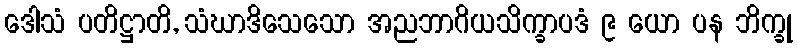
ဒေါသံ ပတိဋ္ဌာတိ, သံဃာဒိသေသော အညဘာဂိယသိက္ခာပဒံ ၉ ယော ပန ဘိက္ခု